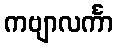
ကဗျာလင်္ကာ